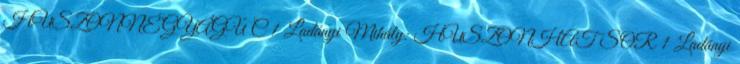
HUSZONNÉGYÁGÚ C 1 Ladányi Mihály: HUSZONHAT SOR 1 Ladányi